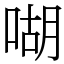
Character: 㗅